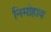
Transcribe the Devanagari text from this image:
निमोहाय